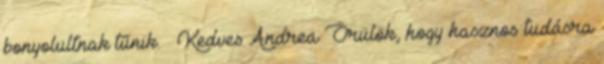
bonyolultnak tűnik. 🙁 Kedves Andrea Örülök, hogy hasznos tudásra